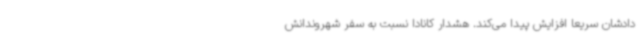
دادشان سریعاً افزایش پیدا می‌کند. هشدار کانادا نسبت به سفر شهروندانش